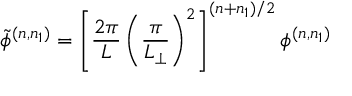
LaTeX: \tilde { \phi } ^ { ( n , n _ { 1 } ) } = \left[ \frac { 2 \pi } { L } \left( \frac { \pi } { L _ { \perp } } \right) ^ { 2 } \right] ^ { ( n + n _ { 1 } ) / 2 } \phi ^ { ( n , n _ { 1 } ) }